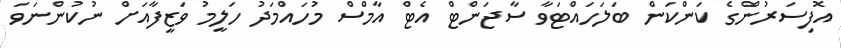
އޮފިސަރުންގެ ކަންކަން ބަލަހައްޓަވާ ސާޖަންޓް އެޓް އާމްސް މުހައްމަދު ހަލީމު ވަޒީފާއަށް ނުކުންނަވަ